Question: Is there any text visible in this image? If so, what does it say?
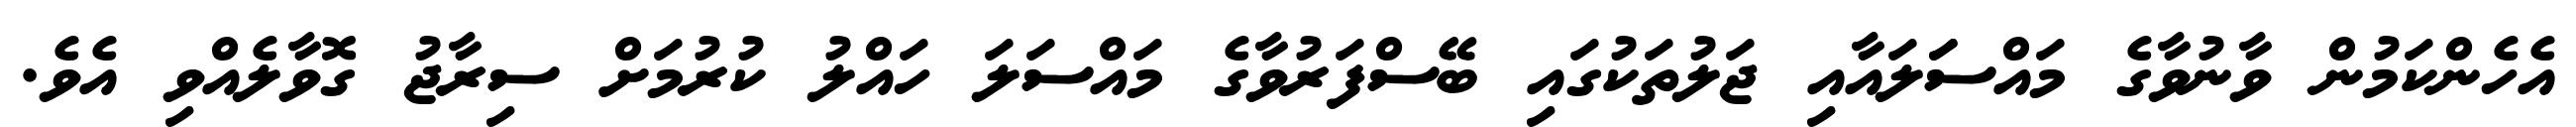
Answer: އެހެންކަމުން ވާނުވާގެ މައްސަަލައާއި ޖަލުތަކުގައި ބޭސްފަރުވާގެ މައްސަލަ ހައްލު ކުރުމަށް ސިރާޖު ގޮވާލެއްވި އެވެ.